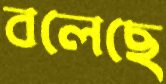
বলেছে